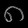
Digit: ၈